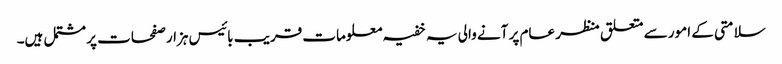
سلامتی کے امور سے متعلق منظر عام پر آنے والی یہ خفیہ معلومات قریب بائیس ہزار صفحات پر مشتمل ہیں۔